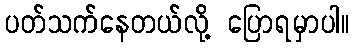
ပတ်သက်နေတယ်လို့ ပြောရမှာပါ။